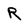
Character: R